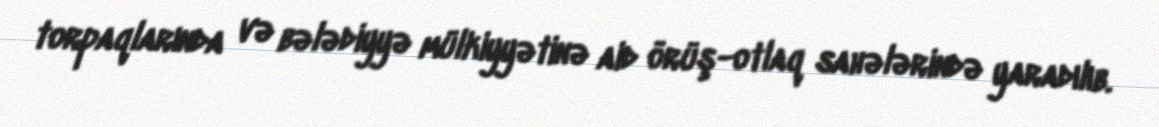
torpaqlarında və bələdiyyə mülkiyyətinə aid örüş-otlaq sahələrində yaradılıb.